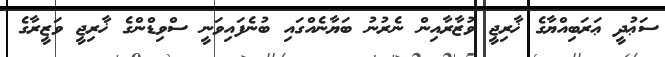
ސަޢުދީ ޢަރަބިއްޔާގެ ޚާރިޖީ ވުޒާރާއިން ނެރުނު ބަޔާނެއްގައި ބުނެފައިވަނީ ސްވިޑްންގެ ޚާރިޖީ ވަޒީރާގެ